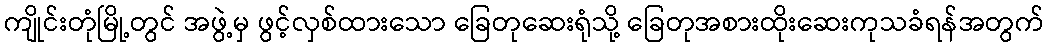
ကျိုင်းတုံမြို့တွင် အဖွဲ့မှ ဖွင့်လှစ်ထားသော ခြေတုဆေးရုံသို့ ခြေတုအစားထိုးဆေးကုသခံရန်အတွက်